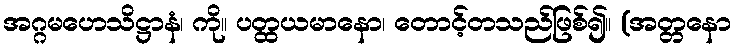
အဂ္ဂမဟေသိဋ္ဌာနံ၊ ကို။ ပတ္ထယမာနော၊ တောင့်တသည်ဖြစ်၍။ (အတ္တနော